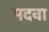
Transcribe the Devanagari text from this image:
मदवा